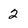
Character: 2